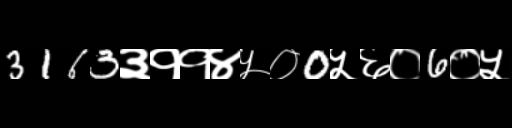
Text: 3163३११४५०0५६०6०५